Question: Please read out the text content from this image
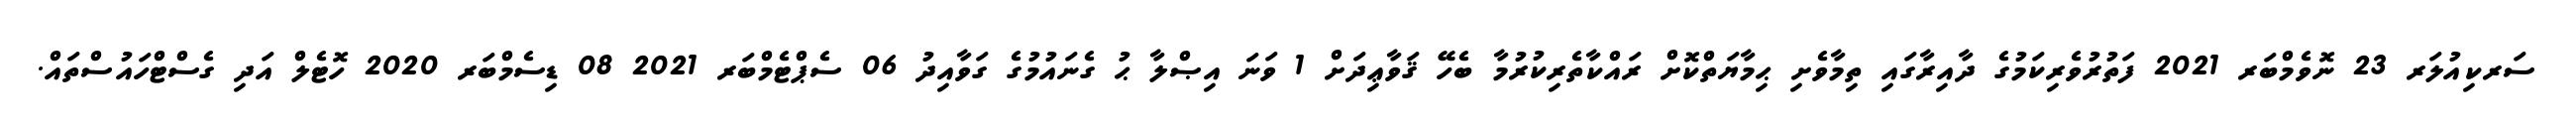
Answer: ސަރކިއުލަރ 23 ނޮވެމްބަރ 2021 ފަތުރުވެރިކަމުގެ ދާއިރާގައި ތިމާވެށި ޙިމާޔަތްކޮށް ރައްކާތެރިކުރުމާ ބެހޭ ޤަވާޢިދަށް 1 ވަނަ އިޞްލާ ޙު ގެނައުމުގެ ގަވާއިދު 06 ސެޕްޓެމްބަރ 2021 08 ޑިސެމްބަރ 2020 ހޮޓެލް އަދި ގެސްޓްހައުސްތައް.